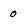
Character: 0